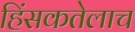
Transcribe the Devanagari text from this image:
हिंसकतेलाच